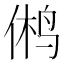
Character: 鸺